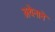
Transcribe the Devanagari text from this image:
अथेनाने